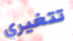
تتغيري